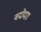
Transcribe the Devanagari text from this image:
वदोदरा